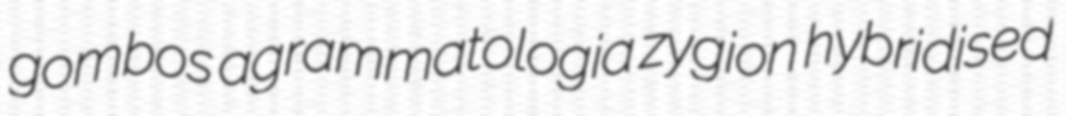
gombos agrammatologia zygion hybridised